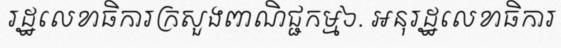
រដ្ឋលេខាធិការក្រសួងពាណិជ្ជកម្ម៦. អនុរដ្ឋលេខាធិការ